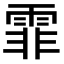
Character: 霏